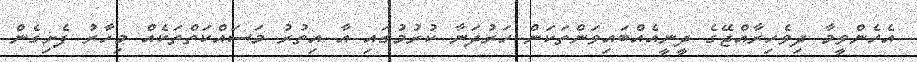
އެހެންވީމާ ދިވެހިރާއްޖޭގެ ދީނީއެއްބައިވަންތަކަން ހަރުދަނާ ކުރުމުގައި އާ އިތުރު މަސައްކަތްތަކެއް މިހާރު ފެށިގެން